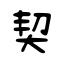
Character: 契